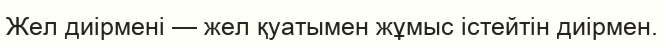
Жел диірмені — жел қуатымен жұмыс істейтін диірмен.